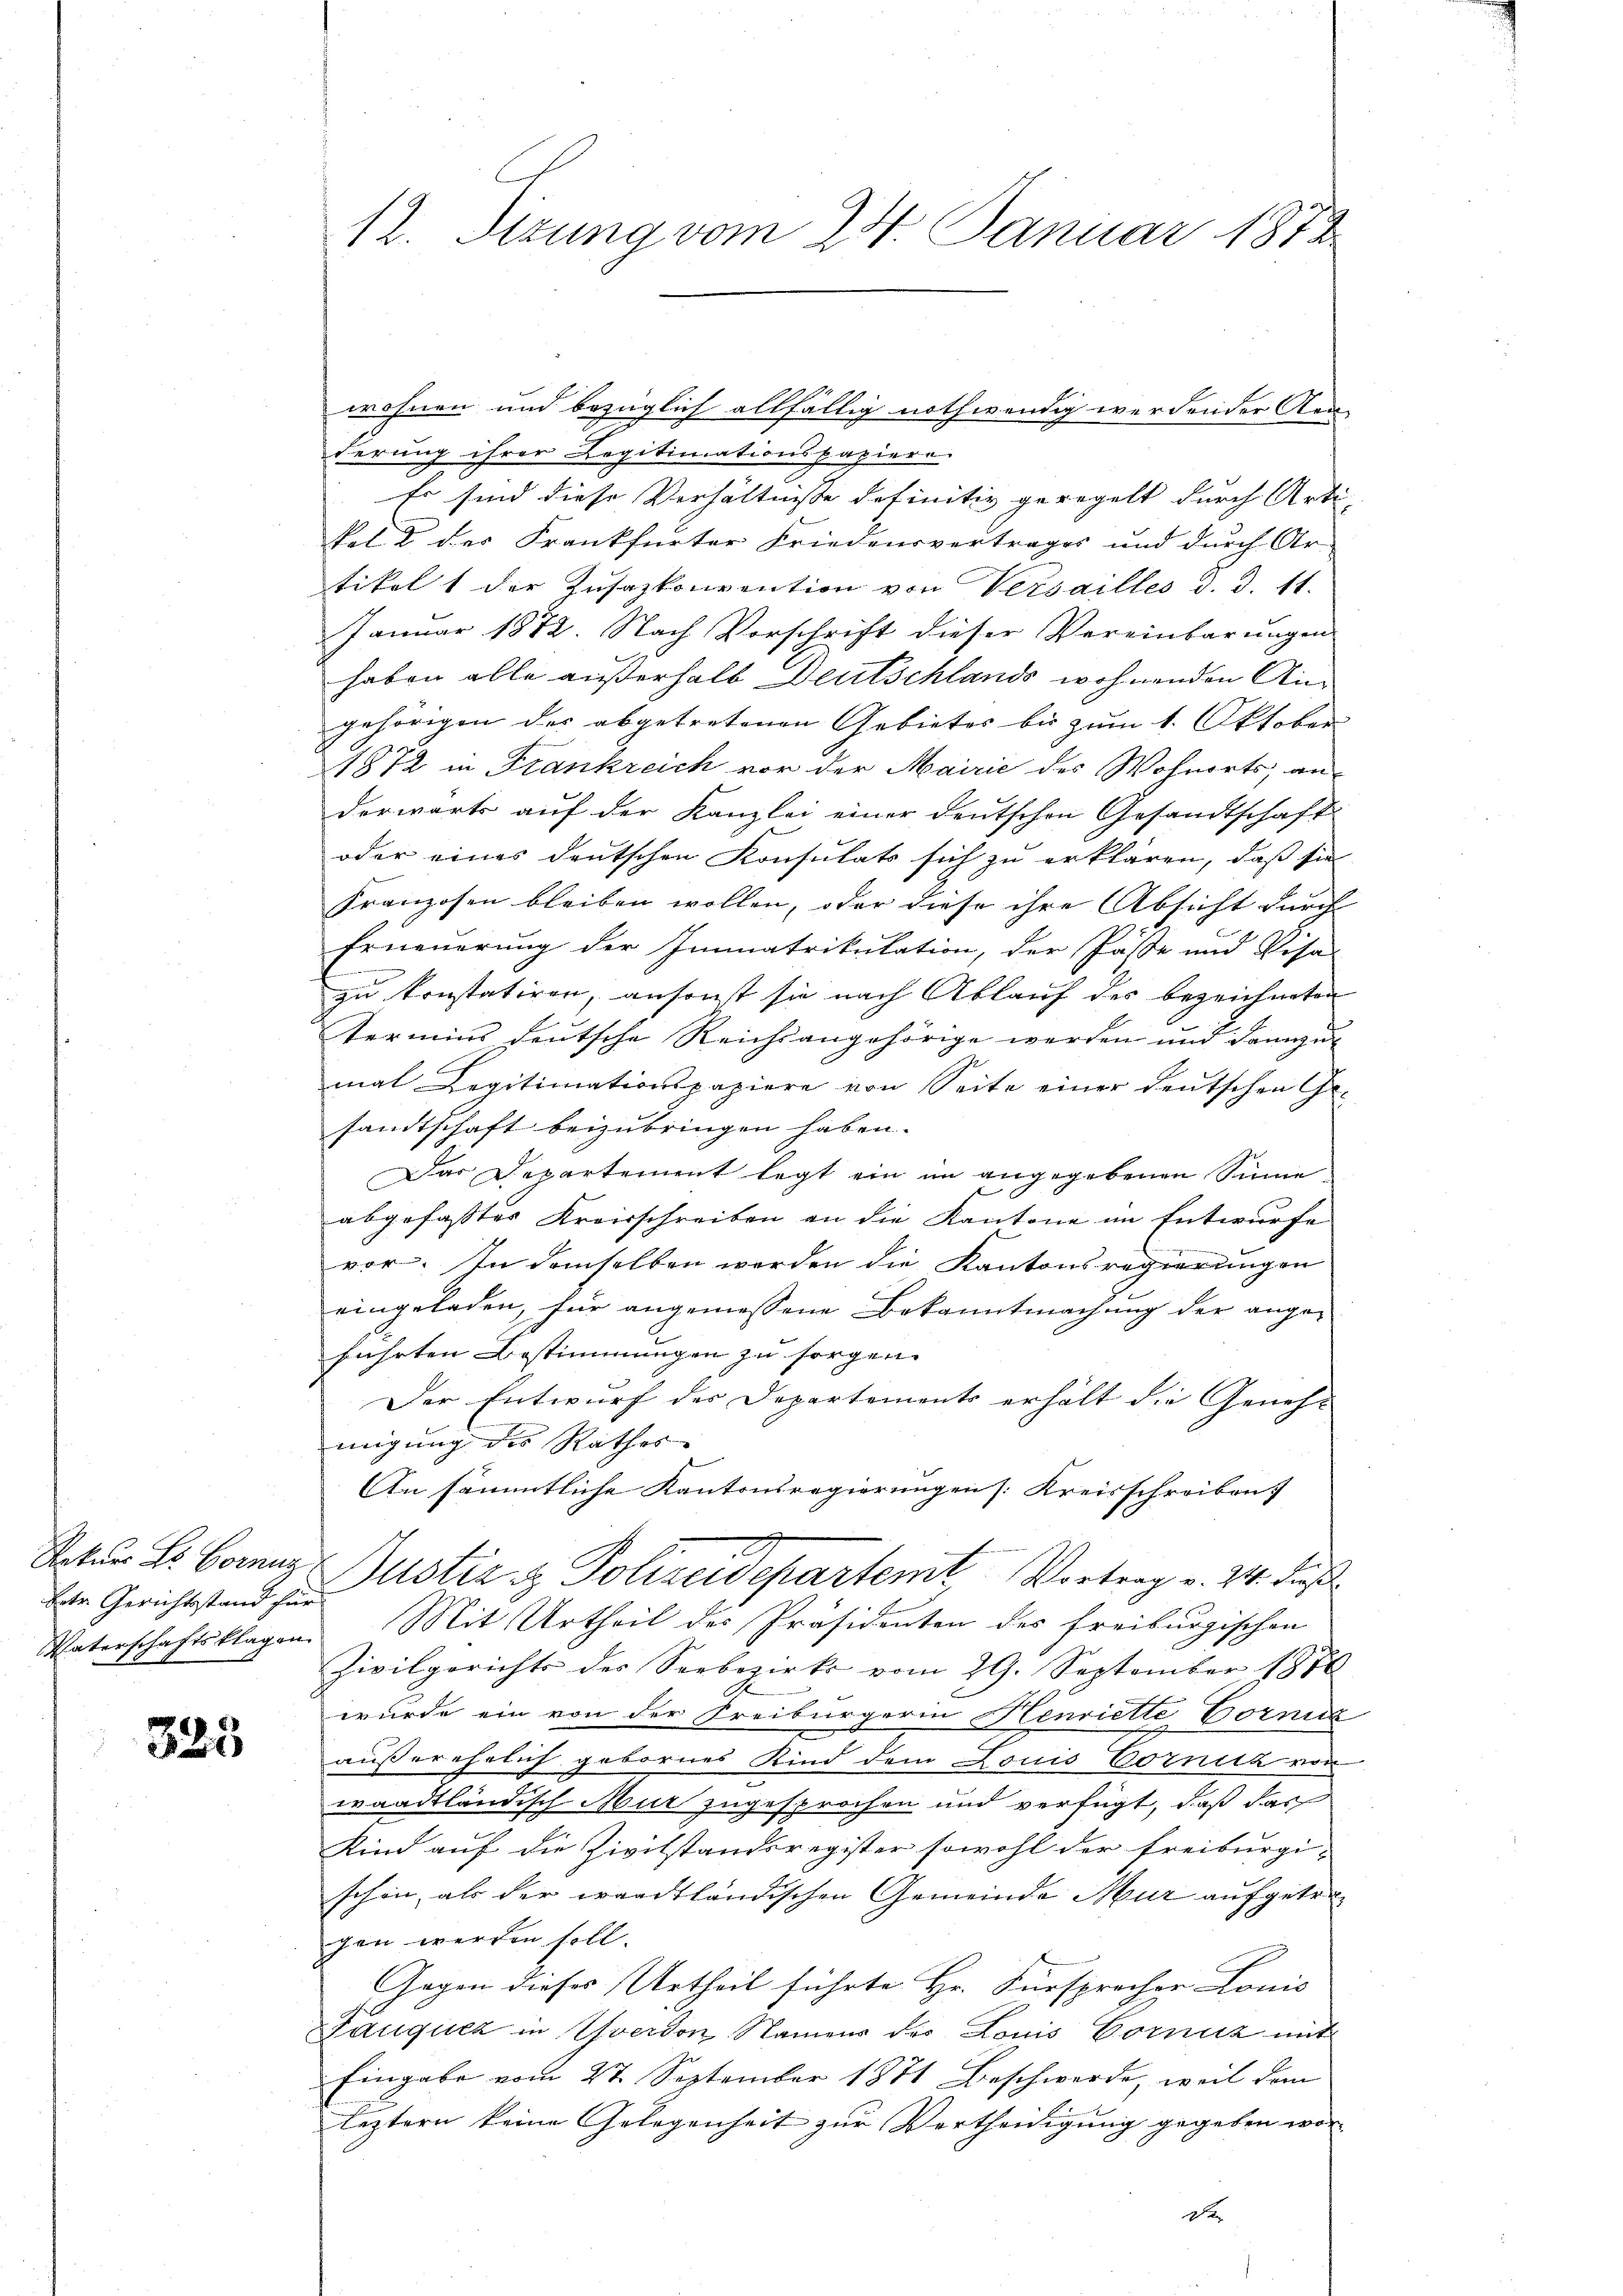
Betr. Gerichtsstand für

325

wohnen und bezüglich allfällig nothwendig werdender Kan-
ferung ihrer Legitimationspapiere
Er sind diese Verhältnisse definitiv geregelt durch Arti-
kol 2 der Frankfurter Friedensvertrages und durch Ar-
tikel 1 der Zusazkonvention von Versailles d. d. 11.
Januar 1872. Nach Vorschrift dieser Vereinbarungen
haben alle außerhalb Deutschlands wohnenden Angehörigen der abgetretenen Gebietes bis zum 1. Oktober
1872 in Frankreich vor der Mairić des Wohnorts, anderwärts auf der Kanzlei einer deutschen Gesandtschaft
oder eines deutschen Konsulats sich zu erklären, daß sie
Franzosen bleiben wollen, oder diese ihre Absicht durch
Erneuerung der Immatrikulation, der Pässe und Visa-
zu konstatiren, ansonst sie nach Ablauf des bezeichneten
termins deutsche Reichsangehörige werden und dannzu
mal Legitimationspapiere von Seite einer deutschen Ge-
sandtschaft beizubringen haben.
Das Departement legt ein im angegebenen Simeabgefasstes Kreisschreiben an die Kantone im Entwurfe
vor. In demselben werden die Kantonsregierungen
eingeladen, für angemessene Bekanntmachung der ange-
führten Bestimmungen zu sorgen.
Der Entwurf des Departements erhält die Geneh-
migung des Rathes |
An sämmtliche Kantonsregierungen [Kreisschreiben
Satur Hr. Banng Justiz & Polizeidepartemt, Vortrag v. 24. dieß
Vaterschaftsklagen. Mit Urtheil des Präsidenten des freiburgischen
Zivilgerichts des Seebezirks vom 29. September 1876
wurde ein von der Freiburgerin Henriette Vorna
außerehelich gebornes Kind dem Louis Cornick von
waadtländisch Mut zugesprochen und verfügt, daß das
Kind auf die Zivilstandsregister sowohl der Freiburgi-
schön, als der waadtländischen Gemeinde Mur aufgetre
gen werden soll.
Gegen dieses Urtheil führte Hr. Fürsprocher Louis
Pauquez in Yverdon, Namens des Louis Cornitz mit
Eingabe vom 27. September 1871 Beschwerde, weil dem
leztern keine Gelegenheit zur Vertheidigung gegeben wor-
D

12. Sitzung vom 24. Januar 1872